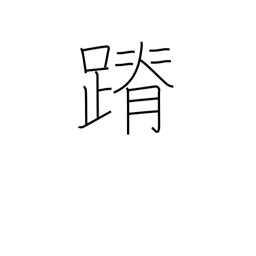
Meaning: stealthy footsteps